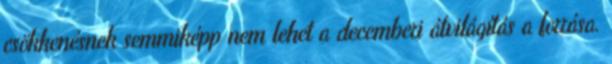
csökkenésnek semmiképp nem lehet a decemberi átvilágítás a forrása.